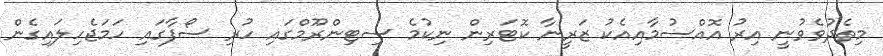
މިތެދުވެވުނީ އިރު އޮއްސުމާއިއެކު ޒަރީނާ ކޮޓަރިން ނިކުމެ ސިޓިންރޫމްގައި ހުރި ސޯފާގައި ހަމަޖެހިލައިގެން